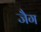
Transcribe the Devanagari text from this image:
जैग